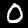
Label: 0